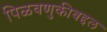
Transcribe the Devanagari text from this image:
पिळवणुकीबद्दल